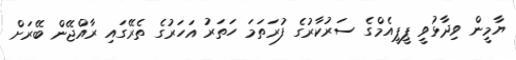
ޔާމީން ވިދާޅުވީ ޕީޕީއެމްގެ ސަރުކާރުގެ ފުރަތަމަ ހަތަރު އަހަރުގެ ތެރޭގައި ރާއްޖޭން ބޭރަށް